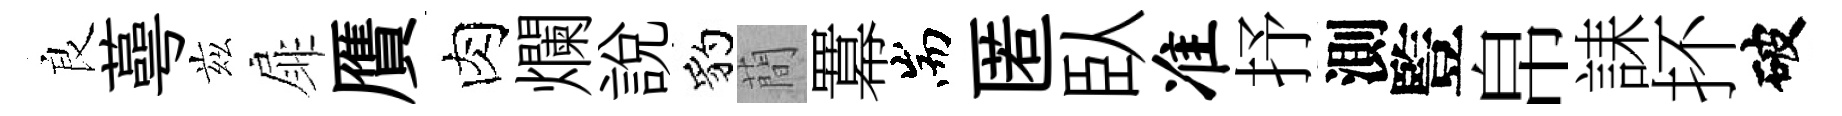
良蕚兹扉贋肉爛說豹蕳羃耑匿臥准抒測䜿帛誄抔破